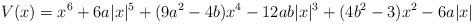
LaTeX: \begin{align*} V(x) = x^6 + 6a |x|^5 + (9a^2 - 4b) x^4 - 12ab |x|^3 + (4b^2 - 3) x^2 - 6a |x| \end{align*}